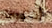
أدعوك